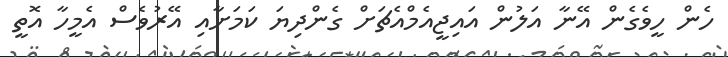
ހެން ހީވެގެން އޭނާ އަލުން އައިޖީއެމްއެޗަށް ގެންދިޔަ ކަމަށާއި އޭރުވެސް އެމީހާ އޮތީ